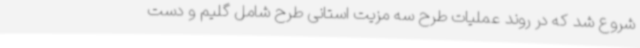
شروع شد که در روند عملیات طرح سه مزیت استانی طرح شامل گلیم و دست